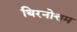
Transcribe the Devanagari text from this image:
थिरनोत्तम